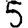
Digit: 5